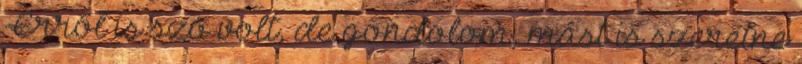
-Erről is szó volt, de gondolom, mást is szeretne